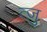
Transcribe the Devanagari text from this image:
त्ज़ु